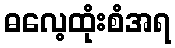
ဓလေ့ထုံးစံအရ